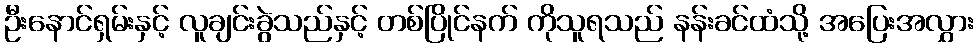
ဦးနောင်ရှမ်းနှင့် လူချင်းခွဲသည်နှင့် တစ်ပြိုင်နက် ကိုသူရသည် နန်းခင်ထံသို့ အပြေးအလွှား